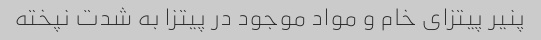
پنیر پیتزای خام و مواد موجود در پیتزا به شدت نپخته